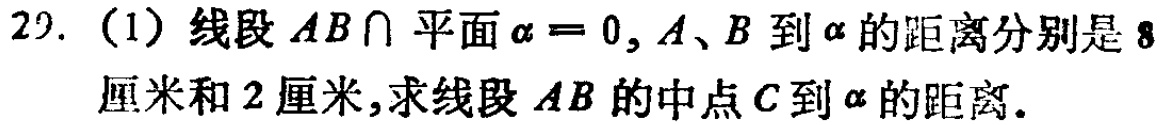
29.（1）线段 \(AB\cap\)平面\(\alpha = 0\)，\(A\)、\(B\)到\(\alpha\)的距离分别是\(8\)厘米和\(2\)厘米，求线段\(AB\)的中点\(C\)到\(\alpha\)的距离。